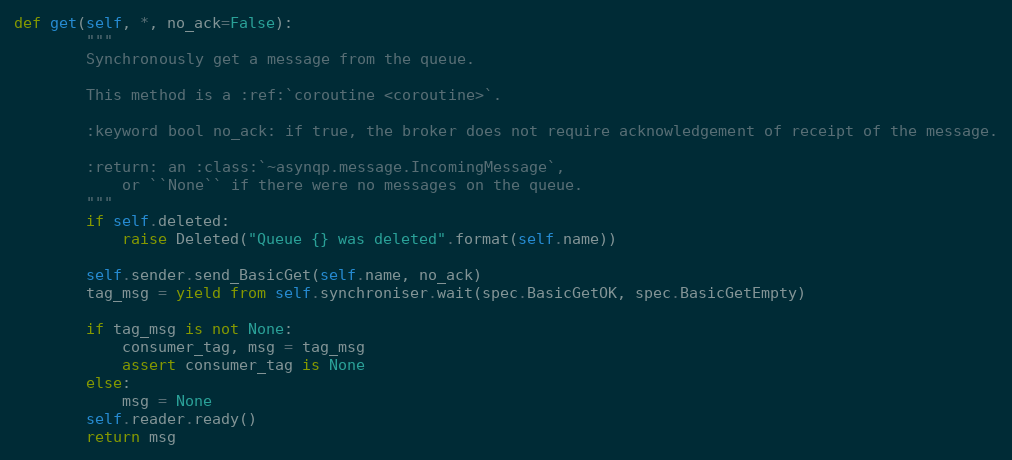
Language: Python
def get(self, *, no_ack=False):
        """
        Synchronously get a message from the queue.

        This method is a :ref:`coroutine <coroutine>`.

        :keyword bool no_ack: if true, the broker does not require acknowledgement of receipt of the message.

        :return: an :class:`~asynqp.message.IncomingMessage`,
            or ``None`` if there were no messages on the queue.
        """
        if self.deleted:
            raise Deleted("Queue {} was deleted".format(self.name))

        self.sender.send_BasicGet(self.name, no_ack)
        tag_msg = yield from self.synchroniser.wait(spec.BasicGetOK, spec.BasicGetEmpty)

        if tag_msg is not None:
            consumer_tag, msg = tag_msg
            assert consumer_tag is None
        else:
            msg = None
        self.reader.ready()
        return msg